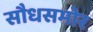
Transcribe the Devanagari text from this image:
सौधसमोर